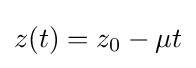
z(t)=z_{0}-\mu t